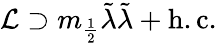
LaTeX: {\mathcal{L}}\supset m_{\frac{1}{2}}{\tilde{\lambda}}{\tilde{\lambda}}+{\mathrm{h.c.}}